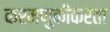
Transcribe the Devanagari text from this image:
करमणुकीकरता